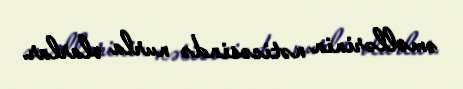
əməllərinin nəticəsində nurla olarlar.